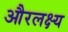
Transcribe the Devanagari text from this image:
औरलक्ष्य